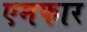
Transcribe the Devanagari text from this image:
एमफार